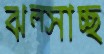
ঝল্‌সাচ্ছ